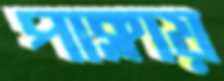
পাক্‌লায়